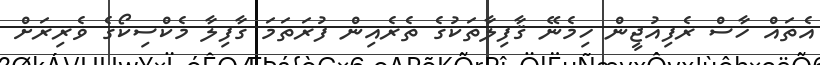
އެތައް ހާސް ރެފިއުޖީން ހިމެނޭ ޤާފިލާތަކުގެ ތެރެއިން ފުރަތަމަ ގާފިލާ މެކްސިކޯގެ ވެރިރަށް